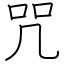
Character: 咒